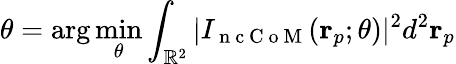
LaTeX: \theta=\arg\operatorname*{min}_{\theta}\int_{\mathbb{R}^{2}}|I_{\mathrm{~n~c~C~o~M~}}(\mathbf{r}_{p};\theta)|^{2}d^{2}\mathbf{r}_{p}